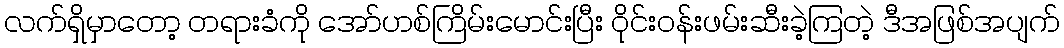
လက်ရှိမှာတော့ တရားခံကို အော်ဟစ်ကြိမ်းမောင်းပြီး ဝိုင်းဝန်းဖမ်းဆီးခဲ့ကြတဲ့ ဒီအဖြစ်အပျက်